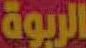
الربوة